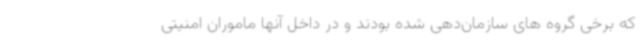
که برخی گروه های سازمان‌دهی شده بودند و در داخل آنها ماموران امنیتی